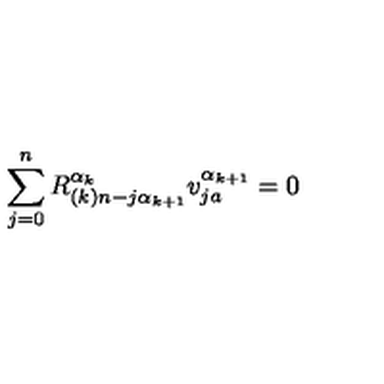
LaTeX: \sum _ { j = 0 } ^ { n } R _ { ( k ) n - j \alpha _ { k + 1 } } ^ { \alpha _ { k } } v _ { j a } ^ { \alpha _ { k + 1 } } = 0